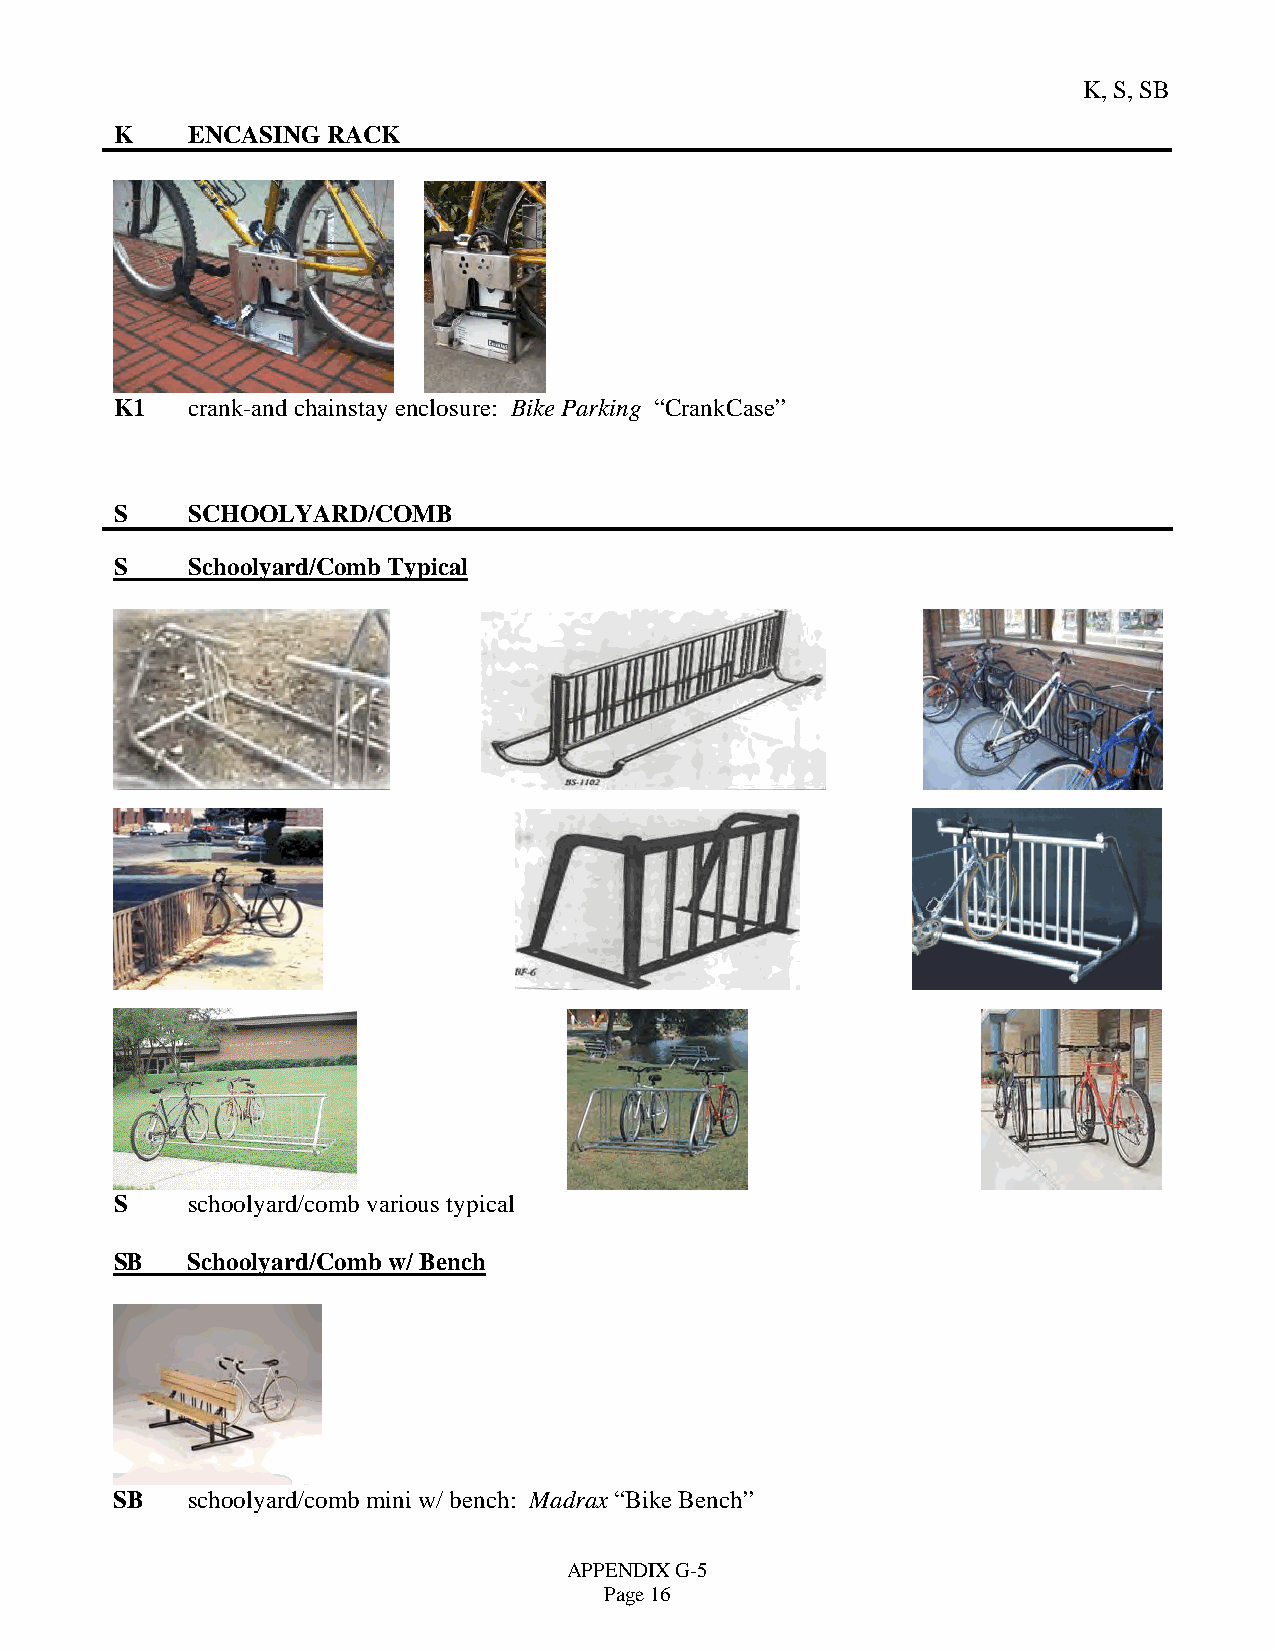
K, S, SB
 K   ENCASING  RACK
 K1  crank-and chainstay enclosure: Bike Parking “CrankCase”
 S   SCHOOLYARD/COMB
 S   Schoolyard/Comb Typical
 S   schoolyard/comb various typical
 SB  Schoolyard/Comb w/ Bench
 SB  schoolyard/comb mini w/ bench: Madrax “Bike Bench”
 APPENDIX G-5
 Page 16